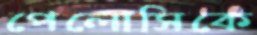
পেলোসিকে